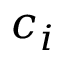
c _ { i }